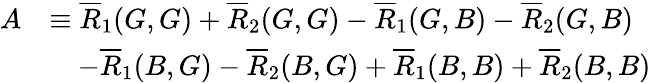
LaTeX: \begin{array}{rl}{A}&{\equiv\overline{{R}}_{1}(G,G)+\overline{{R}}_{2}(G,G)-\overline{{R}}_{1}(G,B)-\overline{{R}}_{2}(G,B)}\\ &{\quad-\overline{{R}}_{1}(B,G)-\overline{{R}}_{2}(B,G)+\overline{{R}}_{1}(B,B)+\overline{{R}}_{2}(B,B)}\end{array}